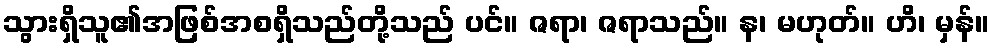
သွားရှိသူ၏အဖြစ်အစရှိသည်တို့သည် ပင်။ ဇရာ၊ ဇရာသည်။ န၊ မဟုတ်။ ဟိ၊ မှန်။